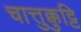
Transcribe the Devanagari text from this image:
चात्तुक्कुट्टि